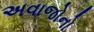
અવાજોનો